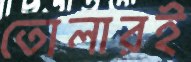
তোলারই